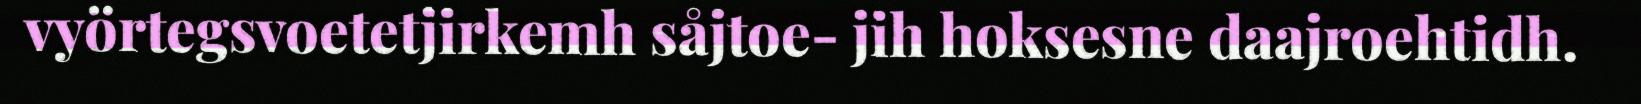
vyörtegsvoetetjirkemh såjtoe- jih hoksesne daajroehtidh.